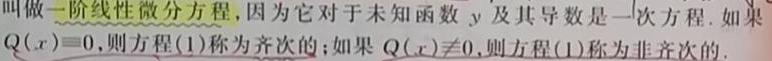
叫做一阶线性微分方程, 因为它对于未知函数 $y$ 及其导数是一次方程. 如果 $Q(x)\equiv0$, 则方程 (1) 称为齐次的; 如果 $Q(x)\not\equiv0$, 则方程 (1) 称为非齐次的.